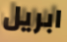
ابريل